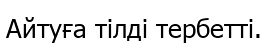
Айтуға тілді тербетті.